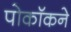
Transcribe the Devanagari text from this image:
पोकॉकने